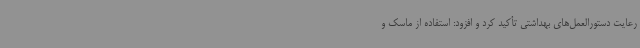
رعایت دستورالعمل‌های بهداشتی تأکید کرد و افزود: استفاده از ماسک و